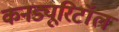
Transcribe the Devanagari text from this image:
कनड्यूरिटॉल